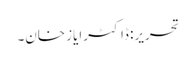
تحریر: ڈاکٹرایاز خان۔